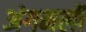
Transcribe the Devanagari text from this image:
अंगमली